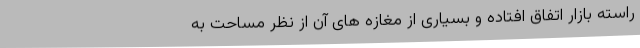
راسته بازار اتفاق افتاده و بسیاری از مغازه های آن از نظر مساحت به